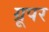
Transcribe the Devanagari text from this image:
ग्रूपर